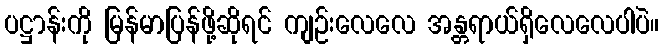
ပဋ္ဌာန်းကို မြန်မာပြန်ဖို့ဆိုရင် ကျဉ်းလေလေ အန္တရာယ်ရှိလေလေပါပဲ။